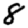
Digit: 8